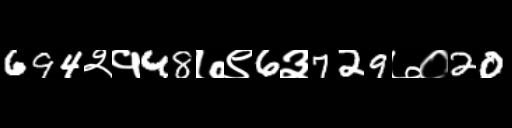
Text: 694२१48७९6३729७०20